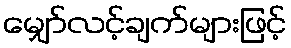
မျှော်လင့်ချက်များဖြင့်